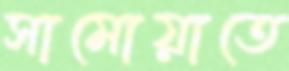
সামোয়াতে